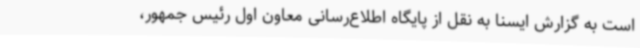
است به گزارش ایسنا به نقل از پایگاه اطلاع‌رسانی معاون اول رئیس جمهور،